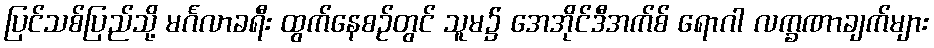
ပြင်သစ်ပြည်သို့ မင်္ဂလာခရီး ထွက်နေစဉ်တွင် သူမ၌ အေအိုင်ဒီအက်စ် ရောဂါ လက္ခဏာချက်များ